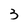
Character: 3